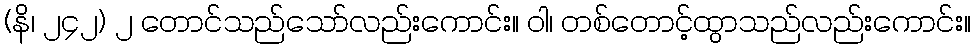
(နိ၊ ၂၄၂) ၂ တောင်သည်သော်လည်းကောင်း။ ဝါ၊ တစ်တောင့်ထွာသည်လည်းကောင်း။